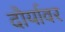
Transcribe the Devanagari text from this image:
दौर्यावर